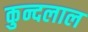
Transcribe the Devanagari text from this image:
कुन्दलाल